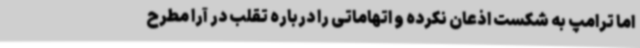
اما ترامپ به شکست اذعان نکرده و اتهاماتی را درباره تقلب در آرا مطرح